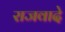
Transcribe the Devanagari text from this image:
राजवादे